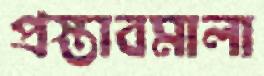
প্রস্তাবমালা